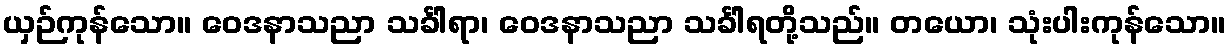
ယှဉ်ကုန်သော။ ဝေဒနာသညာ သင်္ခါရာ၊ ဝေဒနာသညာ သင်္ခါရတို့သည်။ တယော၊ သုံးပါးကုန်သော။